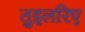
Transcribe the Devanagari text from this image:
तुइलरिए